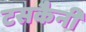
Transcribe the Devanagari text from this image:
टसकैनी